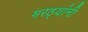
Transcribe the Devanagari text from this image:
मरठ्यांनी